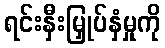
ရင်းနှီးမြှုပ်နှံမှုကို